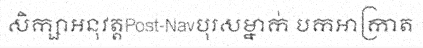
សិក្សាអនុវត្តPost-Navបុរសម្នាក់ បកអាក្រាត